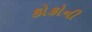
કોકોની